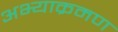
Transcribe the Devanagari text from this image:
अभ्याक्रमण